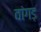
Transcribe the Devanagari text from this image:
वांगड़